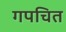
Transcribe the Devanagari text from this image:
गपचित